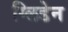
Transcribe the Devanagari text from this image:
ग्लिडेन